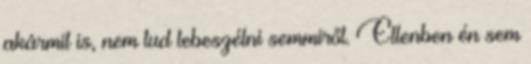
akármit is, nem tud lebeszélni semmiről. Ellenben én sem